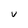
Character: v